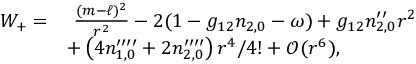
\begin{array} { r l } { W _ { + } = } & { \ \frac { ( m - \ell ) ^ { 2 } } { r ^ { 2 } } - 2 ( 1 - g _ { 1 2 } n _ { 2 , 0 } - \omega ) + g _ { 1 2 } n _ { 2 , 0 } ^ { \prime \prime } r ^ { 2 } } \\ & { + \left( 4 n _ { 1 , 0 } ^ { \prime \prime \prime \prime } + 2 n _ { 2 , 0 } ^ { \prime \prime \prime \prime } \right) r ^ { 4 } / 4 ! + \mathcal { O } ( r ^ { 6 } ) , } \end{array}